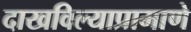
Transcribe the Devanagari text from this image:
दाखविल्याप्रामाणे